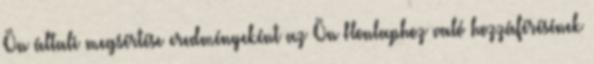
Ön általi megsértése eredményeként az Ön Honlaphoz való hozzáférésének